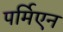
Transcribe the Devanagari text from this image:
पर्मिएन